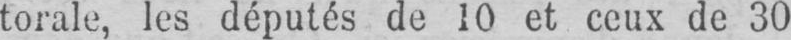
torale, les députés de 10 et ceux de 30